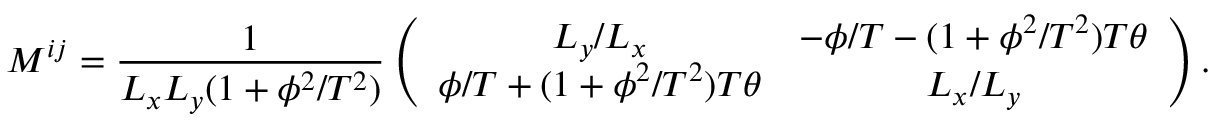
M ^ { i j } = \frac { 1 } { L _ { x } L _ { y } ( 1 + \phi ^ { 2 } / T ^ { 2 } ) } \left( \begin{array} { c c } { { L _ { y } / L _ { x } } } & { { - \phi / T - ( 1 + \phi ^ { 2 } / T ^ { 2 } ) T \theta } } \\ { { \phi / T + ( 1 + \phi ^ { 2 } / T ^ { 2 } ) T \theta } } & { { L _ { x } / L _ { y } } } \end{array} \right) .